Vaccination in Bombay 1889-1901 - 1889-1901
Year: 1889
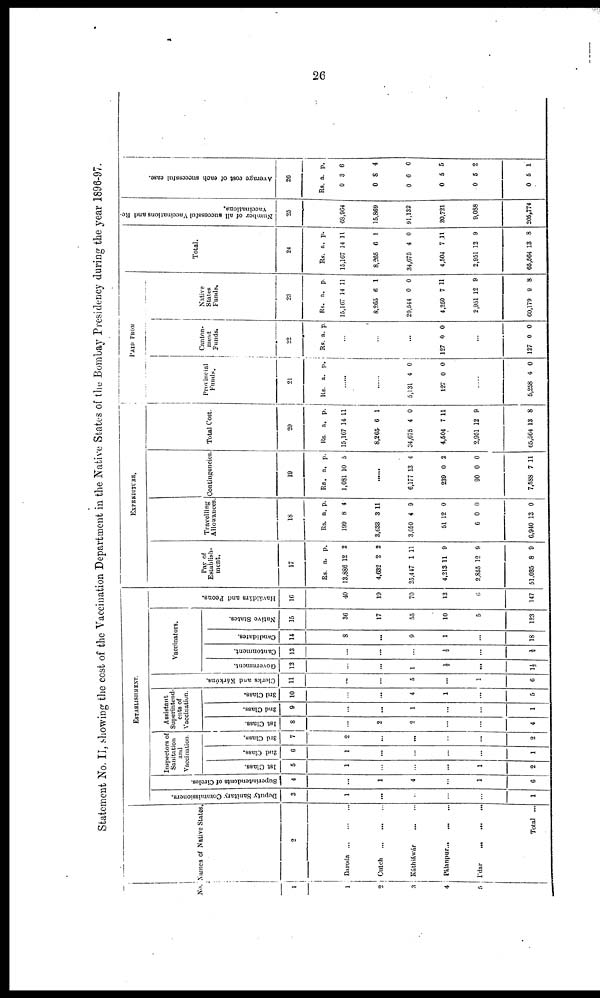
26
Statement No. II, showing the cost of the Vaccination Department in the Native States of the Bombay Presidency during the year 1896-97.
No.
1
1
2
3
4
5
Names of Native States.
2
Baroda ... ... ...
Cutch
...
...
...
Káthiáwár... ...
Pálanpur...
...
...
I'dar
...
...
...
Total ...
ESTABLISHMENT.
Deputy Sanitary Commissioners.
3
1
...
...
...
...
1
Superintendents of Circles.
4
...
1
4
...
1
6
Inspectors of
Sanitation
and
Vaccination.
1st Class.
5
1
...
...
...
1
2
2nd Class.
6
1
...
...
...
...
1
3rd Class.
7
2
...
...
...
...
2
Assistant
Superintend¬
ents of
Vaccination.
1st Class.
8
...
2
2
...
...
4
2nd Class.
9
...
...
1
...
...
1
3rd Class.
10
...
...
4
1
...
5
Clerks and Kárkúns.
11
...
...
5
...
1
6
Vaccinators.
Government.
12
...
...
1
½
...
1½
Cantonment.
13
...
...
...
½
...
½
Candidates.
14
8
...
9
1
...
18
Native States.
15
36
17
55
10
5
123
Haváldárs and Peons.
16
40
19
70
12
6
147
EXPENDITURE.
Pay of
Establish-
ment.
17
Rs.
13,886
4,632
25,447
4,213
2,855
51,035
a.
12
2
1
11
12
8
p.
2
2
11
9
9
9
Travelling
Allowances
18
Rs.
199
3,633
3,050
51
6
6,940
a.
8
3
4
12
0
13
p.
4
11
9
0
0
0
Contingencies
19
Rs.
1,081
a.
10
p.
5
......
6,177
239
90
7,588
13
0
0
7
4
2
0
11
Total Cost.
20
Rs.
15,167
8,265
34,675
4,504
2,951
65,564
a.
14
6
4
7
12
13
p.
11
1
0
11
9
8
PAID FROM
Provincial
Funds.
21
Rs. a. p.
......
......
5,131
127
4
0
0
0
......
5,258 4 0
Canton¬
ment
Funds.
22
Rs. a. p.
......
......
......
127 0 0
......
127 0 0
Native
States
Funds.
23
Rs.
15,167
8,265
29,544
4,250
2,951
60,179
a.
14
6
0
7
12
9
p.
11
1
0
11
9
8
Total.
24
Rs.
15,167
8,265
34,675
4,504
2,951
65,564
a.
14
6
4
7
12
13
p.
11
1
0
11
9
8
Number of all successful Vaccinations and Re¬
vnccinations.
25
68,964
15,869
91,132
20,721
9,088
205,774
Average cost of each successful case.
26
Rs.
0
0
0
0
0
0
a.
3
8
6
5
5
5
p.
6
4
0
5
2
1